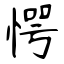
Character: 愕